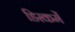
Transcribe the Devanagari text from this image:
डिस्कमें